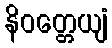
နိဝတ္တေယျံ